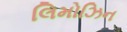
લિમોઝિન